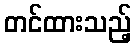
တင်ထားသည့်